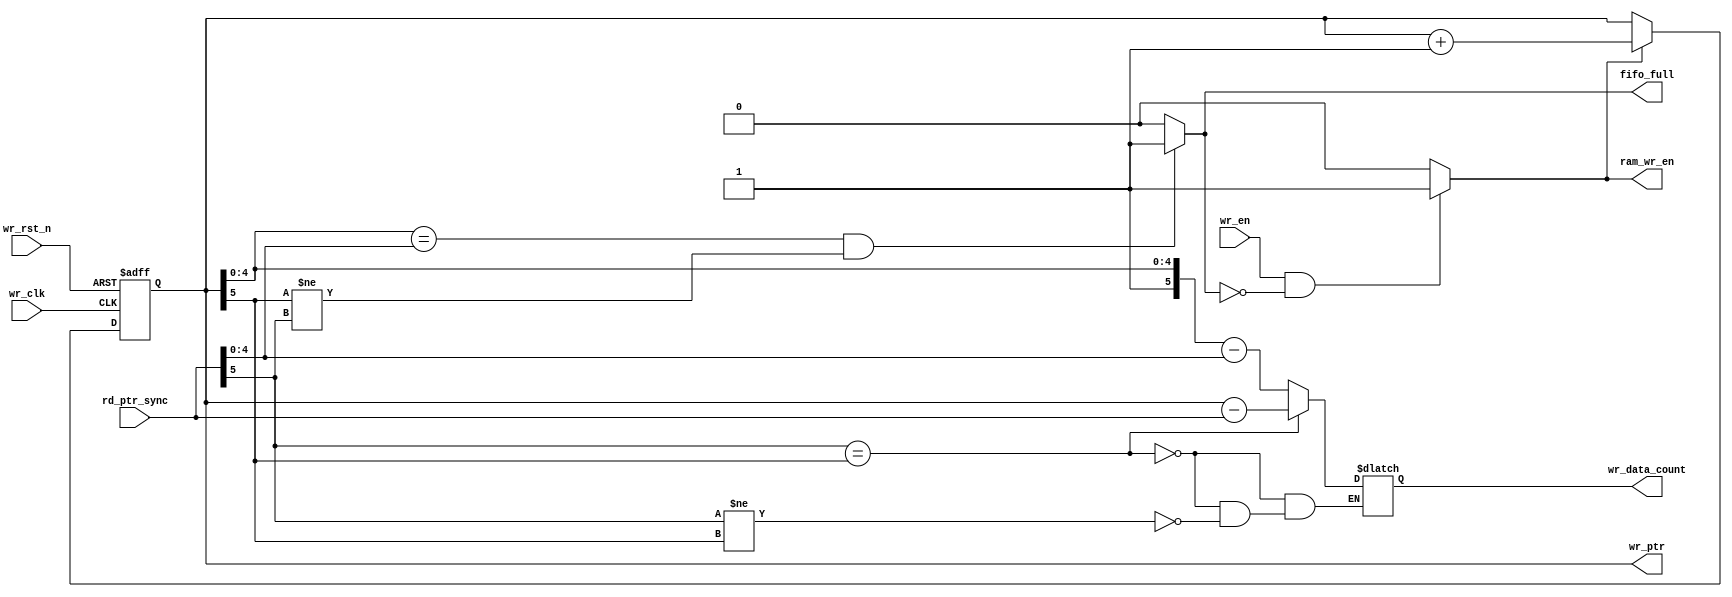
module fifo_wr_ctrl
#(parameter RAM_ADDR_WIDTH = 'd5, //
            WR_CNT_WIDTH   = RAM_ADDR_WIDTH+'d1, //
            WR_IND         = 'd1  //,
            )
(
        input   wire                        wr_clk          ,
        input   wire                        wr_rst_n        ,
        input   wire                        wr_en           ,
        input   wire [RAM_ADDR_WIDTH:0]     rd_ptr_sync     , //, 
        
        output  reg  [RAM_ADDR_WIDTH:0]     wr_ptr          , //,RAM
        output  reg                         fifo_full       , //FIFO
        output  wire [WR_CNT_WIDTH-1:0]     wr_data_count   , // 
        output  wire                        ram_wr_en         //RAM, wr_en
    );
    
    reg [RAM_ADDR_WIDTH:0] wr_ram_cnt ;  //, 
    
    //
    //fifo_full
    always@(*) begin
        if((wr_ptr[RAM_ADDR_WIDTH-1:0] == rd_ptr_sync[RAM_ADDR_WIDTH-1:0]) && (wr_ptr[RAM_ADDR_WIDTH] != rd_ptr_sync[RAM_ADDR_WIDTH])) begin
        //, 
            fifo_full = 1'b1;
        end else begin
            fifo_full = 1'b0;
        end
    end
    
    //ram_wr_en
    assign ram_wr_en = (wr_en && !fifo_full)?1'b1:1'b0;
    
    //
    //wr_ptr
    always@(posedge wr_clk or negedge wr_rst_n) begin
        if(~wr_rst_n) begin
            wr_ptr <= 'd0;
        end else if(ram_wr_en) begin
            wr_ptr <= wr_ptr + WR_IND;
        end else begin
            wr_ptr <= wr_ptr;
        end
    end
    
    
    //wr_ram_cnt
    always@(*) begin
        if(rd_ptr_sync[RAM_ADDR_WIDTH] == wr_ptr[RAM_ADDR_WIDTH]) begin
            //,RAM
            //RAM
            wr_ram_cnt = wr_ptr - rd_ptr_sync;
        end else if(rd_ptr_sync[RAM_ADDR_WIDTH] != wr_ptr[RAM_ADDR_WIDTH]) begin
            //RAM
            //,,1,0
            wr_ram_cnt = {1'b1, wr_ptr[RAM_ADDR_WIDTH-1:0]} - {1'b0, rd_ptr_sync[RAM_ADDR_WIDTH-1:0]};
        end else begin
            wr_ram_cnt = wr_ram_cnt;
        end
    end
    
    
    //
    //wr_data_count
    //WR_CNT_WIDTH
    //:RAM8, 32, ()8bit
    //32bit, 2bit    
    assign wr_data_count = wr_ram_cnt[RAM_ADDR_WIDTH: RAM_ADDR_WIDTH + 'd1 -WR_CNT_WIDTH];
    
    
endmodule